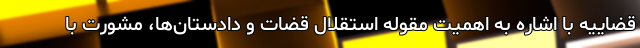
قضاییه با اشاره به اهمیت مقوله استقلال قضات و دادستان‌ها، مشورت با